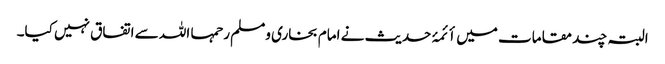
البتہ چند مقامات میں أئمۂ حدیث نے امام بخاری ومسلم رحمہا اللہ سے اتفاق نہیں کیا۔